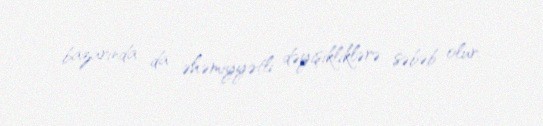
bazarında da əhəmiyyətli dəyişikliklərə səbəb olur.